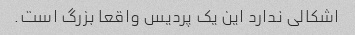
اشکالی ندارد این یک پردیس واقعا بزرگ است.